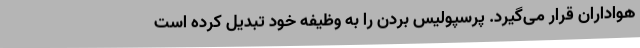
هواداران قرار می‌گیرد. پرسپولیس بردن را به وظیفه خود تبدیل کرده است